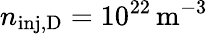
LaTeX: n_{\mathrm{inj,D}}=10^{22}\, \mathrm{m^{-3}}